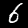
Digit: 6